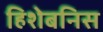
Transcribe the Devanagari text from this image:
हिशेबनिस